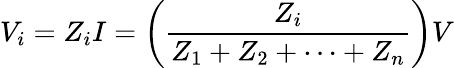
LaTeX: V_{i}=Z_{i}I=\left({\frac{Z_{i}}{Z_{1}+Z_{2}+\cdots+Z_{n}}}\right)V